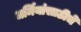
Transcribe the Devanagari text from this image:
धर्मियांसाठीचे